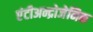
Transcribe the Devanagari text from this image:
एंटीअन्द्रोजेनिक